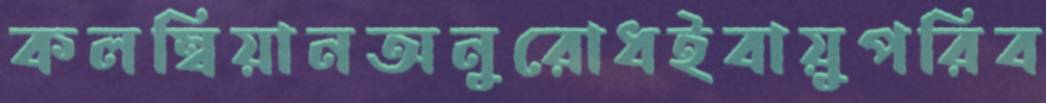
কলম্বিয়ানঅনুরোধইবায়ুপরিব